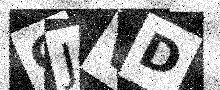
Text: CJVD